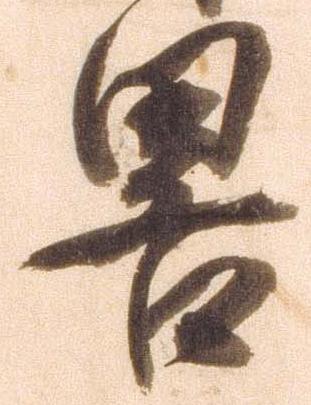
略